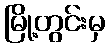
မြို့တွင်းမှ